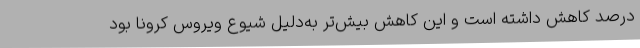
درصد کاهش داشته‌ است و این کاهش بیش‌تر به‌دلیل شیوع ویروس کرونا بود